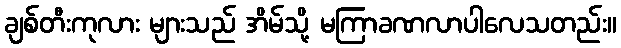
ချစ်တီးကုလား များသည် အိမ်သို့ မကြာခဏလာပါလေသတည်း။